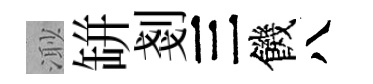
𣺌缾剗三饑八